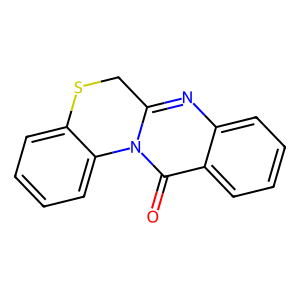
SMILES: O=c1c2ccccc2nc2n1-c1ccccc1SC2
Inhibits HIV replication: No